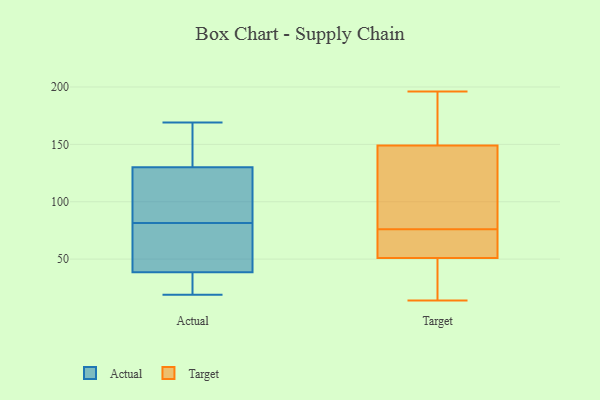
{"axis": {"x": "Shipments", "y": "Value"}, "legend": ["Actual", "Target"], "data": [{"x": "", "y": 165, "type": "Actual"}, {"x": "", "y": 167, "type": "Actual"}, {"x": "", "y": 37, "type": "Actual"}, {"x": "", "y": 124, "type": "Actual"}, {"x": "", "y": 19, "type": "Actual"}, {"x": "", "y": 47, "type": "Actual"}, {"x": "", "y": 127, "type": "Actual"}, {"x": "", "y": 21, "type": "Actual"}, {"x": "", "y": 133, "type": "Actual"}, {"x": "", "y": 169, "type": "Actual"}, {"x": "", "y": 40, "type": "Actual"}, {"x": "", "y": 63, "type": "Actual"}, {"x": "", "y": 100, "type": "Actual"}, {"x": "", "y": 108, "type": "Actual"}, {"x": "", "y": 52, "type": "Actual"}, {"x": "", "y": 28, "type": "Actual"}, {"x": "", "y": 14, "type": "Target"}, {"x": "", "y": 93, "type": "Target"}, {"x": "", "y": 42, "type": "Target"}, {"x": "", "y": 161, "type": "Target"}, {"x": "", "y": 53, "type": "Target"}, {"x": "", "y": 59, "type": "Target"}, {"x": "", "y": 161, "type": "Target"}, {"x": "", "y": 149, "type": "Target"}, {"x": "", "y": 35, "type": "Target"}, {"x": "", "y": 51, "type": "Target"}, {"x": "", "y": 144, "type": "Target"}, {"x": "", "y": 53, "type": "Target"}, {"x": "", "y": 110, "type": "Target"}, {"x": "", "y": 196, "type": "Target"}]}